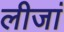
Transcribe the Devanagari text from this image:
लीजां